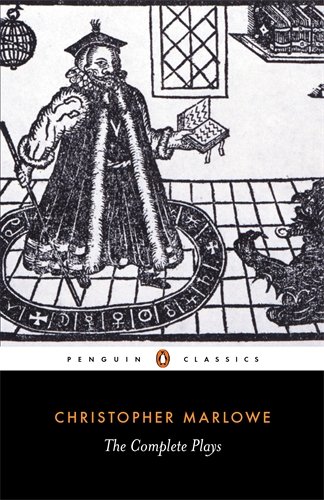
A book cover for Christopher Marlowe: The Complete Plays; Christopher Marlowe; Literature & Fiction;